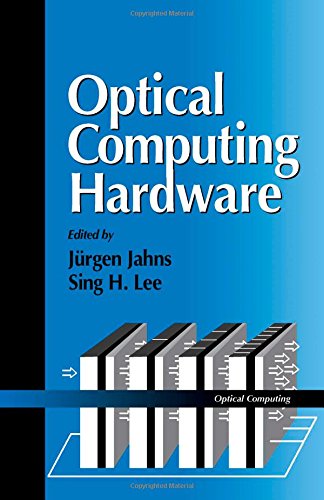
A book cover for Optical Computing Hardware; Jurgen Jahns; Computers & Technology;